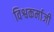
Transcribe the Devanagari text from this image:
विश्वकर्माजी